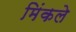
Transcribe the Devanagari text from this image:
मिंकले